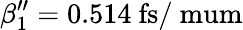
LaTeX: \beta_{1}^{\prime\prime}=0.514~\mathrm{fs/\ mum}